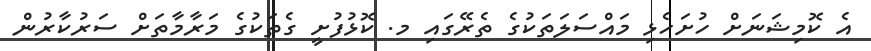
އެ ކޮމިޝަނަށް ހުށަހެޅި މައްސަލަތަކުގެ ތެރޭގައި މ. ކޮޅުފުށީ ގެތަކުގެ މަރާމާތަށް ސަރުކާރުން